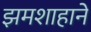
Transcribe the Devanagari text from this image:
झमशाहाने